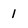
Character: 1